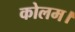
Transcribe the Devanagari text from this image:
कोलम।